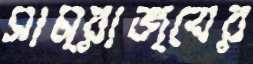
সাম্রাজ্যের